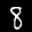
Label: 8